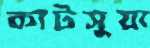
কাটসুয়া